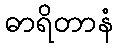
ဓာရိတာနံ